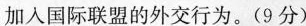
加入国际联盟的外交行为。(9分)